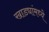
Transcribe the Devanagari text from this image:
खाड्यांमध्ये